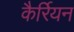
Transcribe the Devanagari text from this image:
कैर्रियन